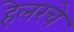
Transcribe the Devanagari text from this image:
हेलरचे